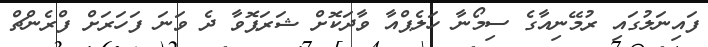
ފައިނަލުގައި ރުމޭނިއާގެ ސިމޯނާ ހަލެޕްއާ ވާދަކޮށް ޝަރަޕޮވާ ދެ ވަނަ ފަހަރަށް ފްރެންޗް